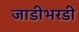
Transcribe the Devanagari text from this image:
जाडीभरडी